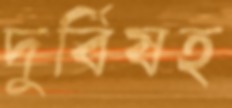
দুর্বিষহ